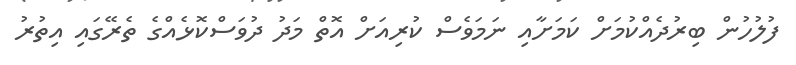
ފުލުހުން ބިރުދެއްކުމަށް ކަމަށާއި ނަމަވެސް ކުރިއަށް އޮތް މަދު ދުވަސްކޮޅެއްގެ ތެރޭގައި އިތުރު